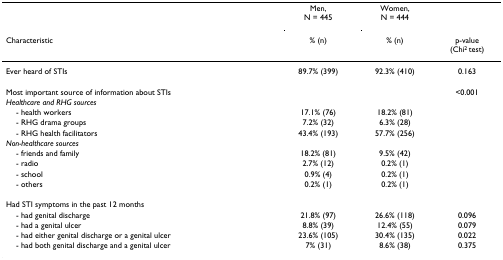
<table><thead><tr><td></td><td><b>Men,N = 445</b></td><td><b>Women,N = 444</b></td><td></td></tr><tr><td><b>Characteristic</b></td><td><b>% (n)</b></td><td><b>% (n)</b></td><td><b>p-value(Chi<sup>2 </sup>test)</b></td></tr></thead><tbody><tr><td>Ever heard of STIs</td><td>89.7% (399)</td><td>92.3% (410)</td><td>0.163</td></tr><tr><td>Most important source of information about STIs</td><td></td><td></td><td>&lt;0.001</td></tr><tr><td><i>Healthcare and RHG sources</i></td><td></td><td></td><td></td></tr><tr><td> - health workers</td><td>17.1% (76)</td><td>18.2% (81)</td><td></td></tr><tr><td> - RHG drama groups</td><td>7.2% (32)</td><td>6.3% (28)</td><td></td></tr><tr><td> - RHG health facilitators</td><td>43.4% (193)</td><td>57.7% (256)</td><td></td></tr><tr><td><i>Non-healthcare sources</i></td><td></td><td></td><td></td></tr><tr><td> - friends and family</td><td>18.2% (81)</td><td>9.5% (42)</td><td></td></tr><tr><td> - radio</td><td>2.7% (12)</td><td>0.2% (1)</td><td></td></tr><tr><td> - school</td><td>0.9% (4)</td><td>0.2% (1)</td><td></td></tr><tr><td> - others</td><td>0.2% (1)</td><td>0.2% (1)</td><td></td></tr><tr><td>Had STI symptoms in the past 12 months</td><td></td><td></td><td></td></tr><tr><td> - had genital discharge</td><td>21.8% (97)</td><td>26.6% (118)</td><td>0.096</td></tr><tr><td> - had a genital ulcer</td><td>8.8% (39)</td><td>12.4% (55)</td><td>0.079</td></tr><tr><td> - had either genital discharge or a genital ulcer</td><td>23.6% (105)</td><td>30.4% (135)</td><td>0.022</td></tr><tr><td> - had both genital discharge and a genital ulcer</td><td>7% (31)</td><td>8.6% (38)</td><td>0.375</td></tr></tbody></table>